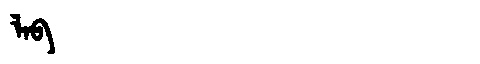
Manchu: ᠯᠠᠪ
Romanization: LAB